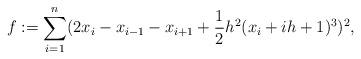
LaTeX: \begin{align*}f:= \sum_{i=1}^n(2x_i-x_{i-1}-x_{i+1}+\frac{1}{2}h^2(x_{i} + ih+1)^3)^2,\end{align*}